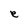
Character: e